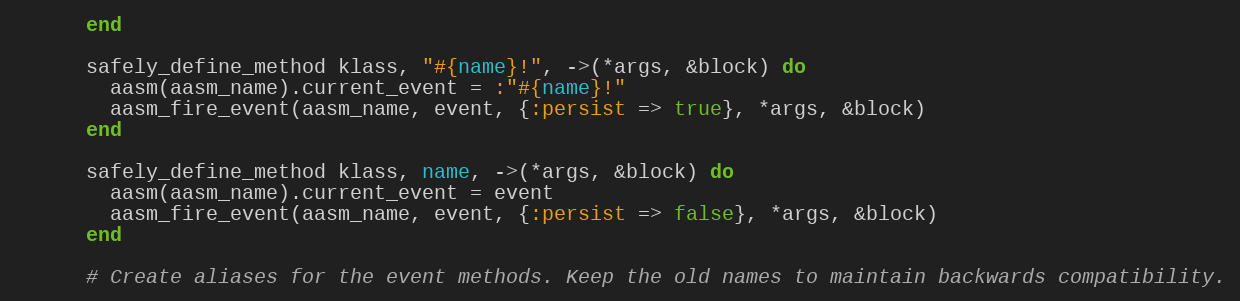
Language: Ruby
      end

      safely_define_method klass, "#{name}!", ->(*args, &block) do
        aasm(aasm_name).current_event = :"#{name}!"
        aasm_fire_event(aasm_name, event, {:persist => true}, *args, &block)
      end

      safely_define_method klass, name, ->(*args, &block) do
        aasm(aasm_name).current_event = event
        aasm_fire_event(aasm_name, event, {:persist => false}, *args, &block)
      end

      # Create aliases for the event methods. Keep the old names to maintain backwards compatibility.